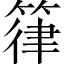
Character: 箻